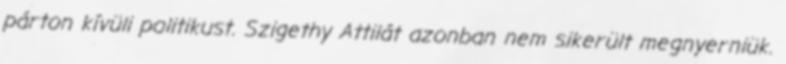
párton kívüli politikust. Szigethy Attilát azonban nem sikerült megnyerniük.